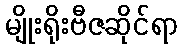
မျိုးရိုးဗီဇဆိုင်ရာ